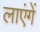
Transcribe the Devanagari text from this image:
लाएंगें